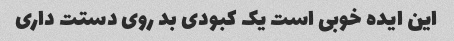
این ایده خوبی است یک کبودی بد روی دستت داری